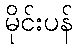
မိုင်းပန်